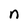
Character: n